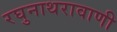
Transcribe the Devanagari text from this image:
रघुनाथरावाणी